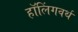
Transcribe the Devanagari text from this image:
हॉलिंगवर्थ